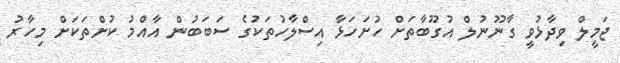
ޖަމީލް ވިދާޅުވީ ގާނޫނުލް އުގޫބާތަށް ހުށަހަޅާ އިސްލާހުތަކުގެ ސަބަބުން އާއްމު ކުށްތަކަށް މިހާރު